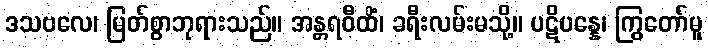
ဒသဗလေ၊ မြတ်စွာဘုရားသည်။ အန္တရဝီထိံ၊ ခရီးလမ်းမသို့။ ပဋိပန္နေ၊ ကြွတော်မူ